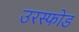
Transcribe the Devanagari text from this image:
उरस्फोड